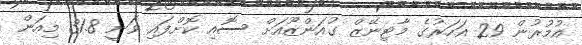
އުމުރުން 29 އަހަރުގެ މާޓިނޭޒް ގުއަންޒޫއަށް ސޮއި ކޮށްފައި ވަނީ 31.8 މިިއަން